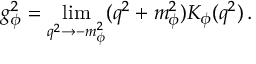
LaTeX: g _ { \phi } ^ { 2 } = \operatorname * { l i m } _ { q ^ { 2 } \rightarrow - m _ { \phi } ^ { 2 } } ( q ^ { 2 } + m _ { \phi } ^ { 2 } ) K _ { \phi } ( q ^ { 2 } ) \, .